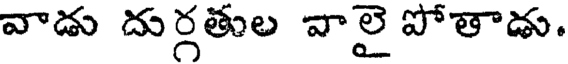
వాడు దుర్గతుల వాలై పోతాడు.